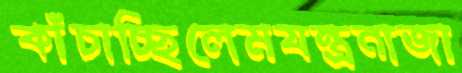
কাঁচাচ্ছিলেমযন্ত্রনাজা